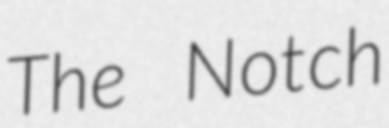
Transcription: The Notch